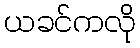
ယခင်ကလို